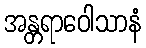
အန္တရာဝေါသာနံ